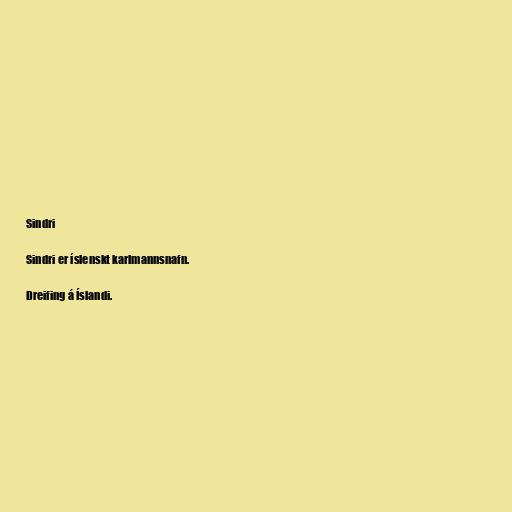
Sindri

Sindri er íslenskt karlmannsnafn.

Dreifing á Íslandi.